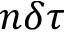
n \delta \tau